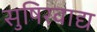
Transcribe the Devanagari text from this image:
सुषिरवाद्य